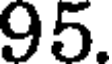
95.